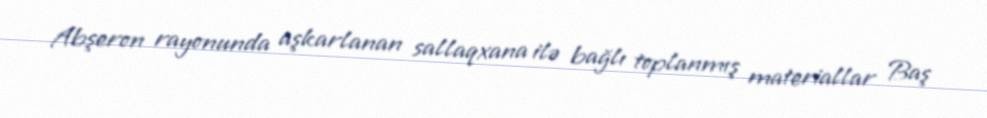
Abşeron rayonunda aşkarlanan sallaqxana ilə bağlı toplanmış materiallar Baş